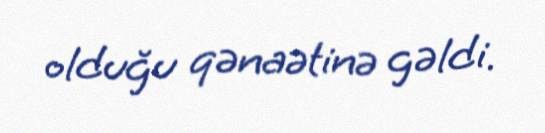
olduğu qənaətinə gəldi.